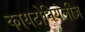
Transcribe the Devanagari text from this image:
कायटोनियेलीज़